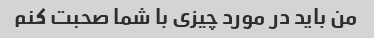
من باید در مورد چیزی با شما صحبت کنم